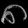
Digit: ၈